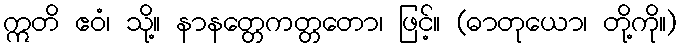
ဣတိ ဧဝံ၊ သို့။ နာနတ္တေကတ္တတော၊ ဖြင့်။ (ဓာတုယော၊ တို့ကို။)